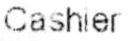
CASHIER